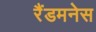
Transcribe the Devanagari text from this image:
रैंडमनेस